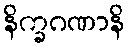
နိက္ခဂဏာနိ